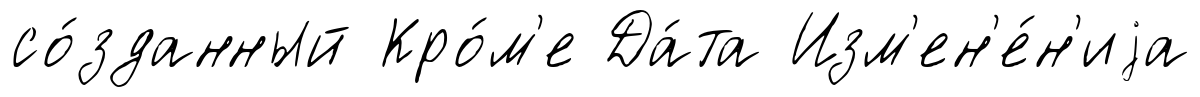
со́зданный Кро́м'е Да́та Изм'ен'е́н'иjа